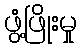
ဖွံ့ဖြိုးမှု